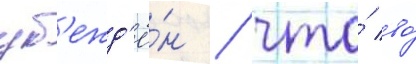
уб'ежд'ё́н / что́ во́